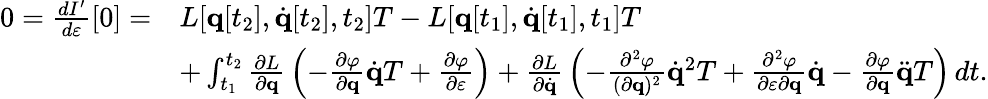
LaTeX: {\begin{array}{rl}{0={\frac{dI^{\prime}}{d\varepsilon}}[0]=}&{L[\mathbf{q}[t_{2}],{\dot{\mathbf{q}}}[t_{2}],t_{2}]T-L[\mathbf{q}[t_{1}],{\dot{\mathbf{q}}}[t_{1}],t_{1}]T}\\ &{+\int_{t_{1}}^{t_{2}}{\frac{\partial L}{\partial\mathbf{q}}}\left(-{\frac{\partial\varphi}{\partial\mathbf{q}}}{\dot{\mathbf{q}}}T+{\frac{\partial\varphi}{\partial\varepsilon}}\right)+{\frac{\partial L}{\partial{\dot{\mathbf{q}}}}}\left(-{\frac{\partial^{2}\varphi}{(\partial\mathbf{q})^{2}}}{\dot{\mathbf{q}}}^{2}T+{\frac{\partial^{2}\varphi}{\partial\varepsilon\partial\mathbf{q}}}{\dot{\mathbf{q}}}-{\frac{\partial\varphi}{\partial\mathbf{q}}}{\ddot{\mathbf{q}}}T\right)\, dt.}\end{array}}